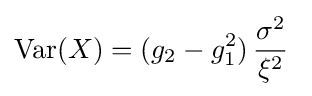
\operatorname {Var} (X)=(g_{2}-g_{1}^{2})\,{\frac {\sigma ^{2}}{\xi ^{2}}}\